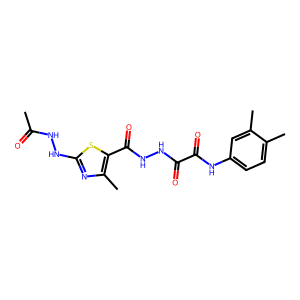
SMILES: CC(=O)NNc1nc(C)c(C(=O)NNC(=O)C(=O)Nc2ccc(C)c(C)c2)s1
Inhibits HIV replication: No